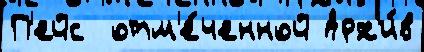
П'ейс  отм'е́ченной Арх'и́в